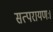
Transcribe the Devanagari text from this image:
सत्परायणः।